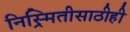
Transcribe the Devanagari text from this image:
निस्र्मितीसाठीही